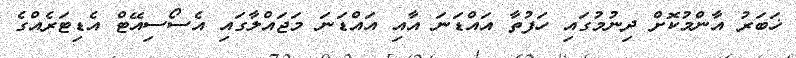
ޚަބަރު އާންމުކޮށް ދިނުމުގައި ހަފުތާ އައްޑަނަ އާއި އައްޑަނަ މަޖައްލާގައި އެސޯސިއޭޓް އެޑިޓަރެއްގެ